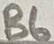
Text: B6